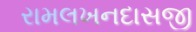
રામલખનદાસજી